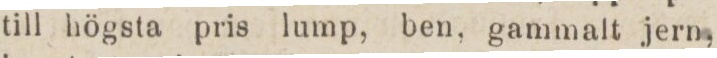
till högsta pris lump, ben, gammalt jern,